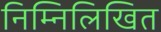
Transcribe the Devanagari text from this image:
निम्‍निलिखित